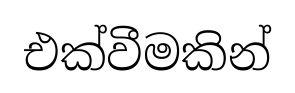
එක්වීමකින්